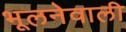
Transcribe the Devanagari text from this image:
भूलनेवाली